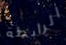
الرابطة